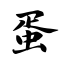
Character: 蛋